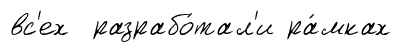
вс'ех разрабо́тал'и ра́мках